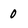
Character: 0